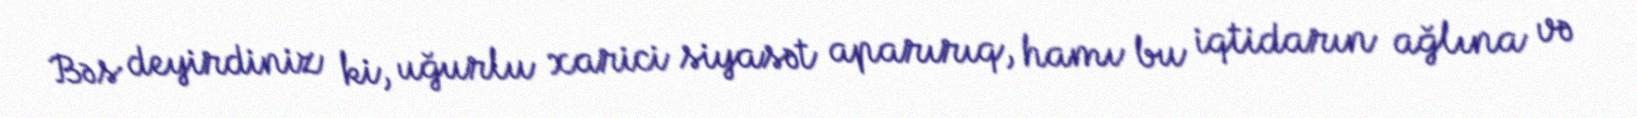
Bəs deyirdiniz ki, uğurlu xarici siyasət aparırıq, hamı bu iqtidarın ağlına və